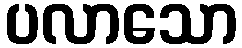
ပလာသော